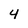
Character: 4